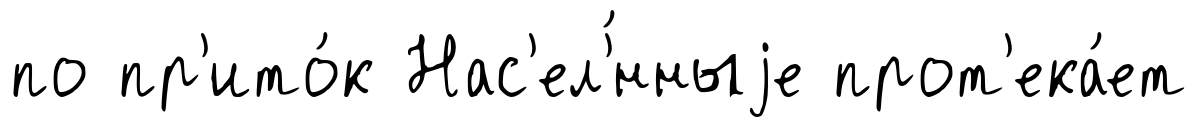
по пр'ито́к Нас'ел'́нныjе прот'ека́ет